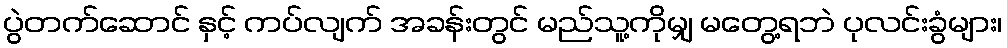
ပွဲတက်ဆောင် နှင့် ကပ်လျက် အခန်းတွင် မည်သူ့ကိုမျှ မတွေ့ရဘဲ ပုလင်းခွံများ၊